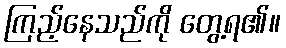
ကြည့်နေသည်ကို တွေ့ရ၏။